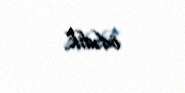
ödədik.